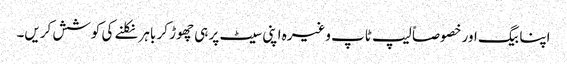
اپنا بیگ اور خصوصاً لیپ ٹاپ وغیرہ اپنی سیٹ پر ہی چھوڑ کر باہر نکلنے کی کوشش کریں۔